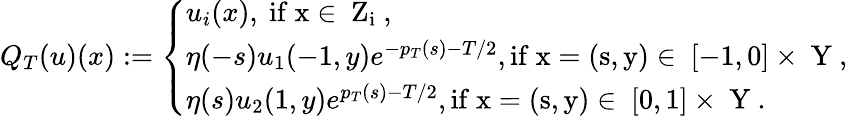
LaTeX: Q_{T}(u)(x):=\left\{ \begin{array}{ll}{u_{i}(x),\mathrm{~if~x\in~Z_i~,}}\\ {\eta(-s)u_{1}(-1,y)e^{-p_{T}(s)-T/2},\mathrm{if~x=(s,y)\in~[-1,0]\times~Y~,}}\\ {\eta(s)u_{2}(1,y)e^{p_{T}(s)-T/2},\mathrm{if~x=(s,y)\in~[0,1]\times~Y~.}}\end{array}\right.